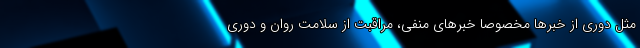
مثل دوری از خبرها مخصوصاً خبرهای منفی، مراقبت از سلامت روان و دوری